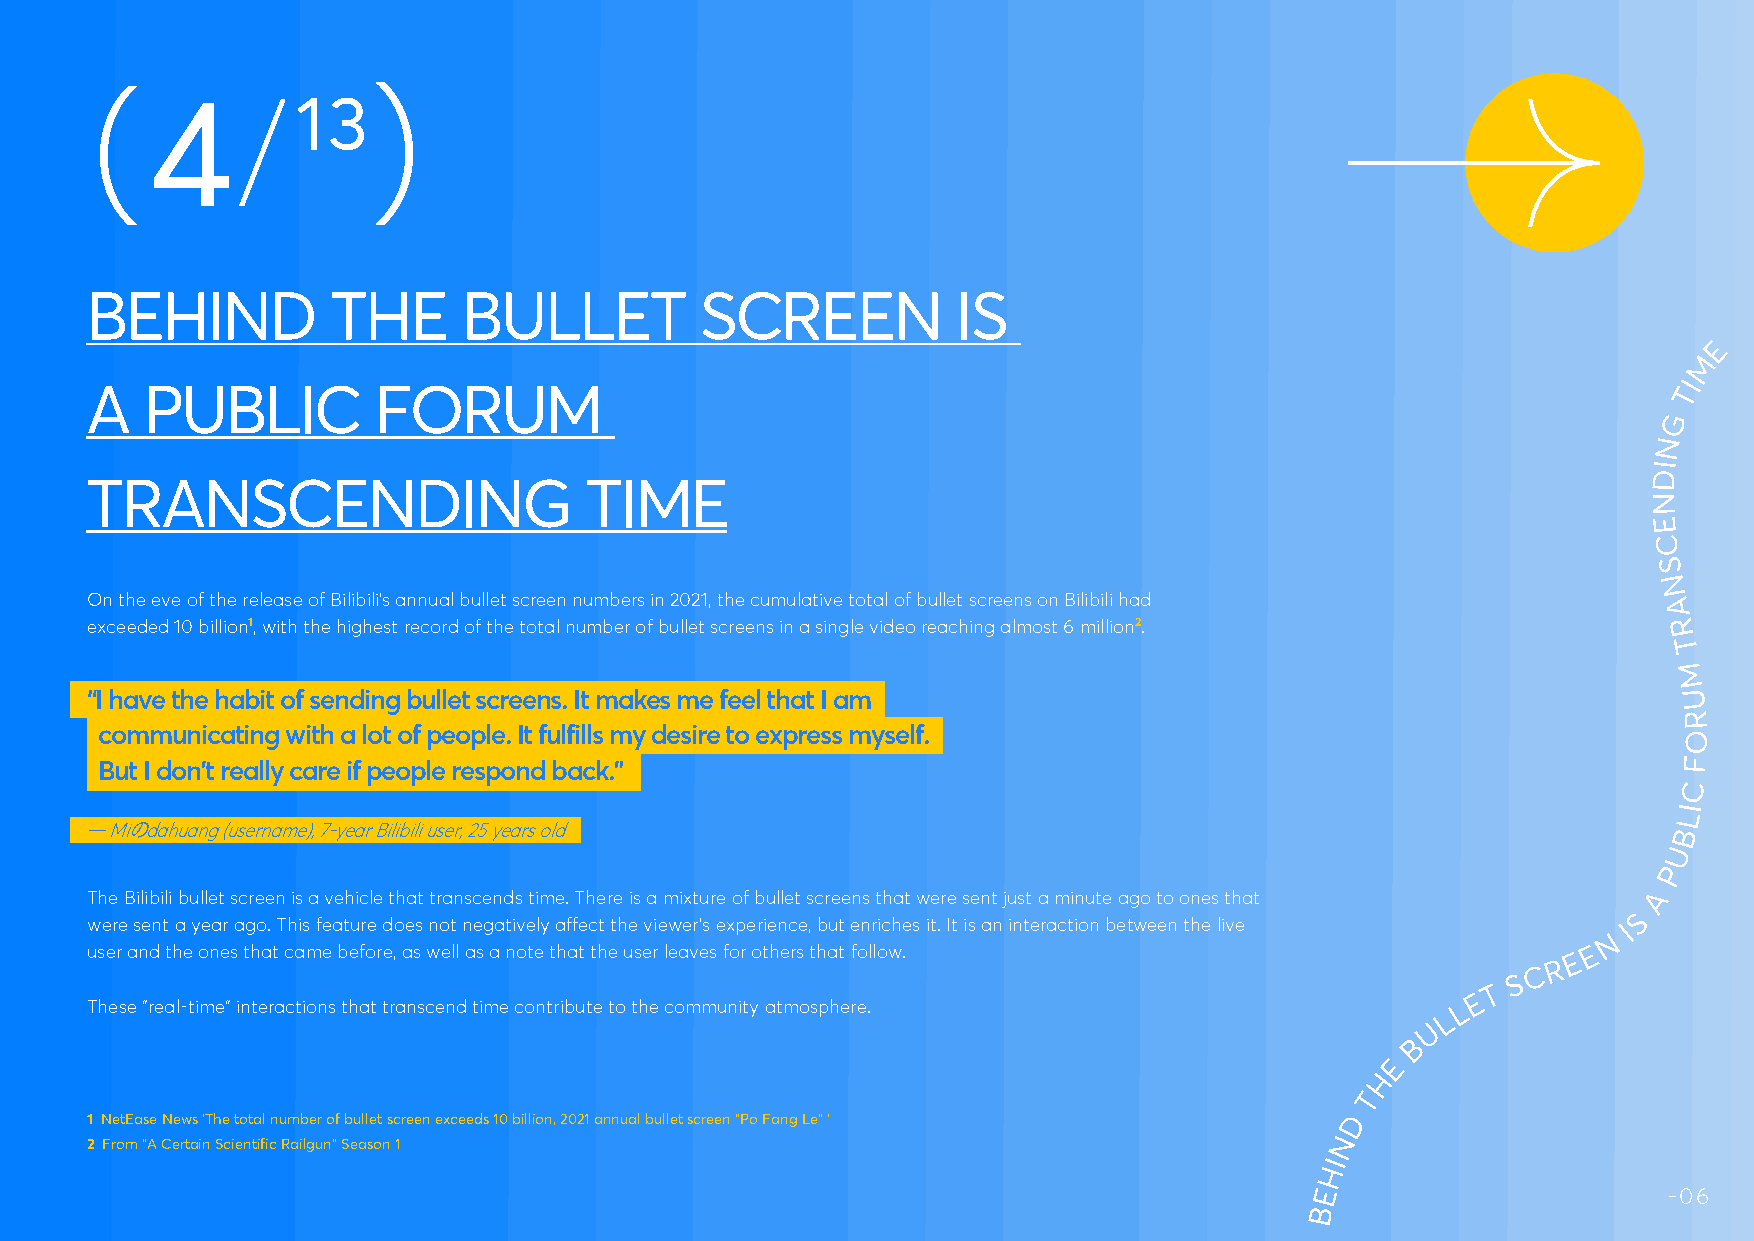
4/        13
 （
 BEHIND          THE      BULLET         SCREEN           IS
 E
 M
 I
 A  PUBLIC          FORUM                                                                                 T
 G
 N
 I
 D
 TRANSCENDING                     TIME
 N
 E
 C
 S
 N
 On the eve of the release of Bilibili’s annual bullet screen numbers in 2021, the cumulative total of bullet screens on Bilibili had
 A
 exceeded 10 billion1, with the highest record of the total number of bullet screens in a single video reaching almost 6 million2. R
 T
 M
 “I have the habit of sending bullet screens. It makes me feel that I am                                  U
 R
 communicating with a lot of people. It fulfills my desire to express myself.                             O
 But I don’t really care if people respond back.”                                                        F
 C
 I
 L
 — Miのdahuang (username), 7-year Bilibili user, 25 years old                                              B
 U
 P
 The Bilibili bullet screen is a vehicle that transcends time. There is a mixture of bullet screens that were sent just a minute ago to ones that A
 S
 were sent a year ago. This feature does not negatively affect the viewer’s experience, but enriches it. It is an interaction between the live
 N
 I
 user and the ones that came before, as well as a note that the user leaves for others that follow. E
 E
 C R
 S
 T
 E
 These “real-time“ interactions that transcend time contribute to the community atmosphere. L
 L
 U
 B
 E
 H
 T
 1 NetEase News ‘The total number of bullet screen exceeds 10 billion, 2021 annual bullet screen “Po Fang Le” ‘ D
 2 From “A Certain Scientific Railgun” Season 1                                    N
 I
 H
 E                      -06
 B
 P
 P
 P
 U      U       U
 N     N       N
 W
 W       W
 O
 O
 O
 R
 R
 R
 G
 G
 G
 H
 H
 T
 H
 I      T
 W
 T
 I
 W
 I
 W
 R
 O
 R
 M
 T  E   E
 NAGE
 R’   S                                      U
 O        R
 A                                      S  E  NSE          OF         H               M          O
 U
 E   E
 NAGER’S
 H
 M
 T                                    S   E                      F
 A
 NSE            O
 U
 H
 E   E   NAGER’                                                     F
 T                                  S                             O
 A
 S
 ENSE
 （